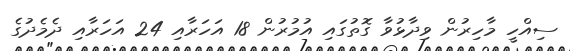
ސިއްހީ މާހިރުން ވިދާޅުވާ ގޮތުގައި އުމުރުން 18 އަހަރާއި 24 އަހަރާއި ދެމެދުގެ